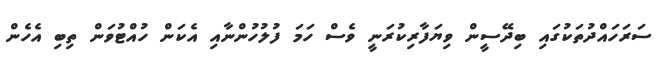
ސަރަހައްދުތަކުގައި ބިދޭސީން ވިޔަފާރިކުރަނީ ވެސް ހަމަ ފުލުހުންނާއި އެކަން ހުއްޓުވަން ތިބި އެހެން